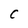
Character: C